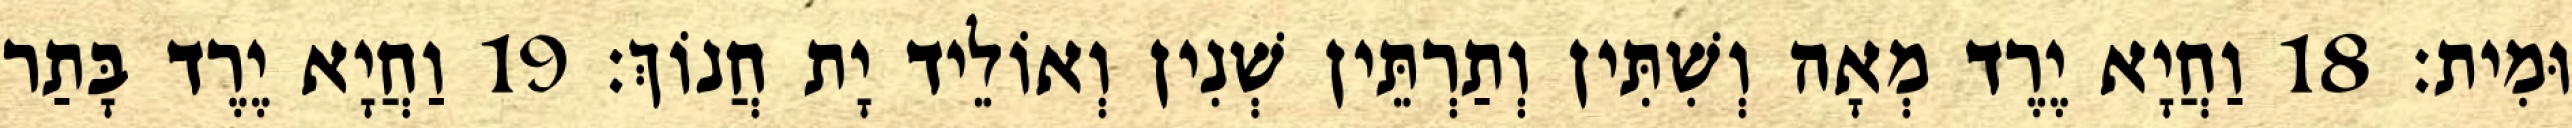
וּמִית׃ 18 וַחֲיָא יֶרֶד מְאָה וְשִׁתִּין וְתַרְתֵּין שְׁנִין וְאוֹלֵיד יָת חֲנוֹךְ׃ 19 וַחֲיָא יֶרֶד בָּתַר